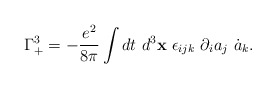
\begin{align*}\Gamma_{+}^{3}=-\frac{e^{2}}{8\pi}\int d t ~d^{3}{\bf x}~\epsilon_{ijk} ~\partial_{i} a_{j} ~\dot{a}_{k}.\end{align*}